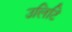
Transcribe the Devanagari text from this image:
उलिटि